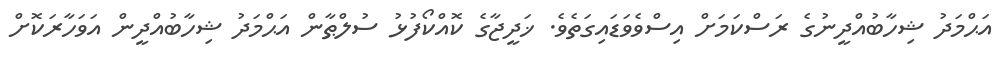
އަޙްމަދު ޝިހާބުއްދީނުގެ ރަސްކަމަށް އިސްވެވަޑައިގަތެވެ. ޚަދީޖާގެ ކޮއްކޯފުޅު ސުލްޠާން އަޙްމަދު ޝިހާބުއްދީން އަވަހާރަކޮށް